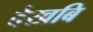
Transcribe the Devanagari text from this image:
देखबि